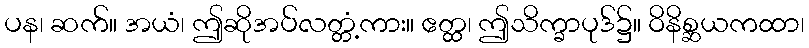
ပန၊ ဆက်။ အယံ၊ ဤဆိုအပ်လတ္တံ့ကား။ ဧတ္ထ၊ ဤသိက္ခာပုဒ်၌။ ဝိနိစ္ဆယကထာ၊